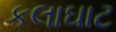
કલાઘાટ